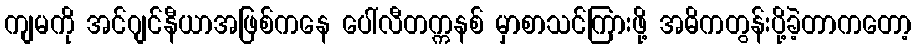
ကျမကို အင်ဂျင်နီယာအဖြစ်ကနေ ပေါ်လီတက္ကနစ် မှာစာသင်ကြားဖို့ အဓိကတွန်းပို့ခဲ့တာကတော့